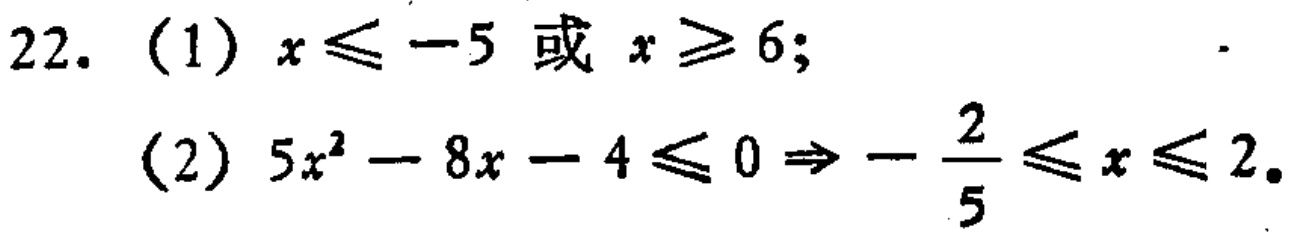
22. （1）\(x\leqslant -5\) 或 \(x\geqslant 6\);
（2）\(5x^{2}-8x - 4\leqslant 0\Rightarrow-\frac{2}{5}\leqslant x\leqslant 2\)。